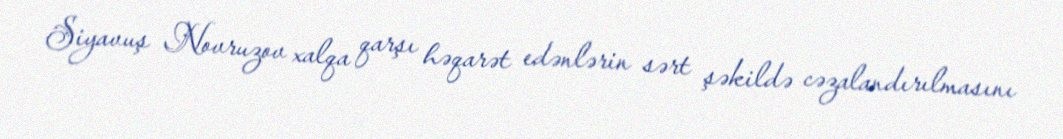
Siyavuş Novruzov xalqa qarşı həqarət edənlərin sərt şəkildə cəzalandırılmasını